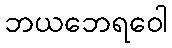
ဘယဘေရဝေါ